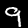
Digit: 9